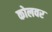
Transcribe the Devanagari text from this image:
कोलवर